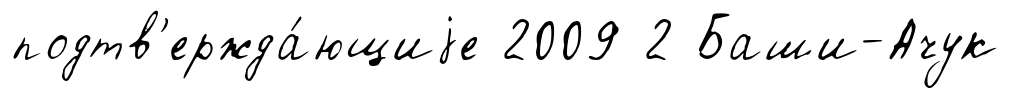
подтв'ержда́ющиjе 2009 2 Баши-Ачук